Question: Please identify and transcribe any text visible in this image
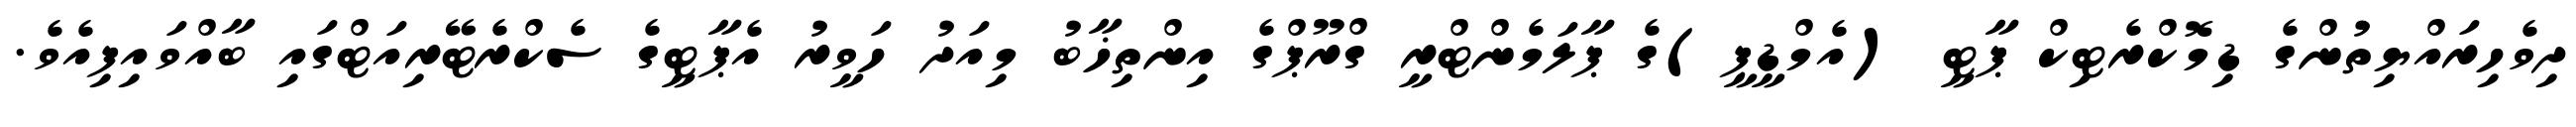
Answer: ދިވެހިރައްޔިތުންގެ ޑިމޮކްރެޓިކް ޕާޓީ (އެމްޑީޕީ)ގެ ޕާލަމެންޓްރީ ގްރޫޕްގެ އިންތިޚާބު މިއަދު ހަވީރު އެޕާޓީގެ ސެކްރެޓޭރިއަޓްގައި ބާއްވައިފިއެވެ.